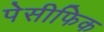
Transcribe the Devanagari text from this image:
पेसीफिक